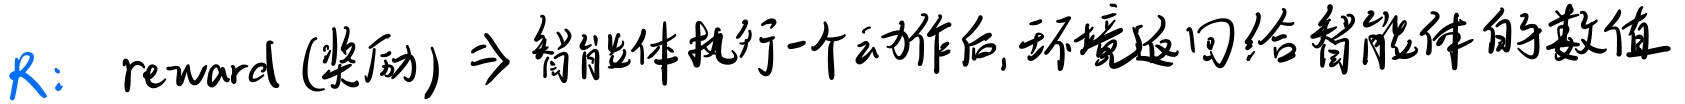
\(R\)：reward (奖励)\(\Rightarrow\)智能体执行一个动作后,环境返回给智能体的数值